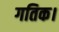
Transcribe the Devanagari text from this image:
गतिक।